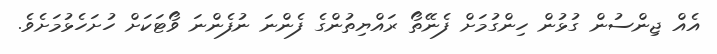
އެއް ޖިންސުން ގުޅުން ހިންގުމަށް ފެނޭތޯ ރައްޔިތުންގެ ފެންނަ ނުފެންނަ ވޯޓަކަށް ހުށަހެޅުމަށެވެ.